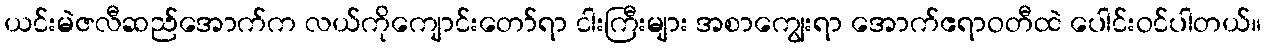
ယင်းမဲဇလီဆည်အောက်က လယ်ကိုကျောင်းတော်ရာ ငါးကြီးများ အစာကျွေးရာ အောက်ဧရာဝတီထဲ ပေါင်းဝင်ပါတယ်။